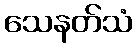
သေနတ်သံ